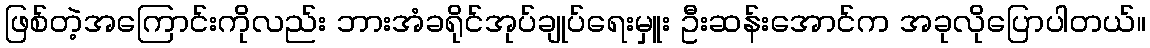
ဖြစ်တဲ့အကြောင်းကိုလည်း ဘားအံခရိုင်အုပ်ချုပ်ရေးမှူး ဦးဆန်းအောင်က အခုလိုပြောပါတယ်။